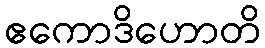
ဧကောဒိဟောတိ